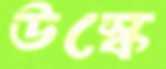
উস্কে